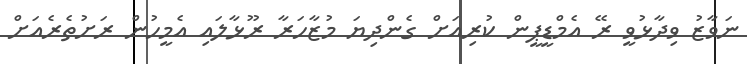
ނަވާޒު ވިދާޅުވީ ރޭ އެމްޑީޕީން ކުރިއަށް ގެންދިޔަ މުޒާހަރާ ރޫޅާލައި އެމީހުން ރަށުތެރެއަށް